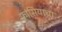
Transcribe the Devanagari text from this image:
फ्रांसियाचा